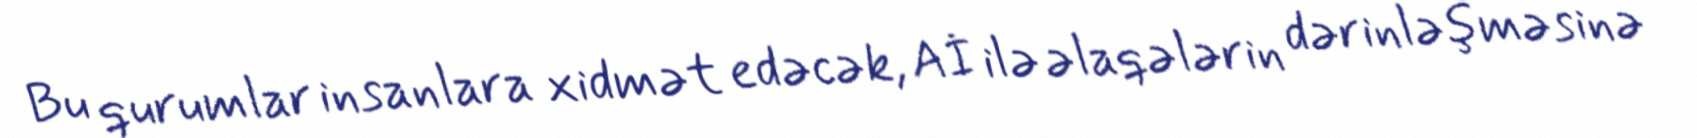
Bu qurumlar insanlara xidmət edəcək, Aİ ilə əlaqələrin dərinləşməsinə